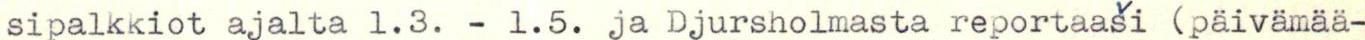
sipalkkiot ajalta 1.3. - 1.5. ja Djursholmasta reportaaši (päivämää-